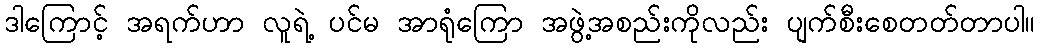
ဒါကြောင့် အရက်ဟာ လူရဲ့ ပင်မ အာရုံကြော အဖွဲ့အစည်းကိုလည်း ပျက်စီးစေတတ်တာပါ။